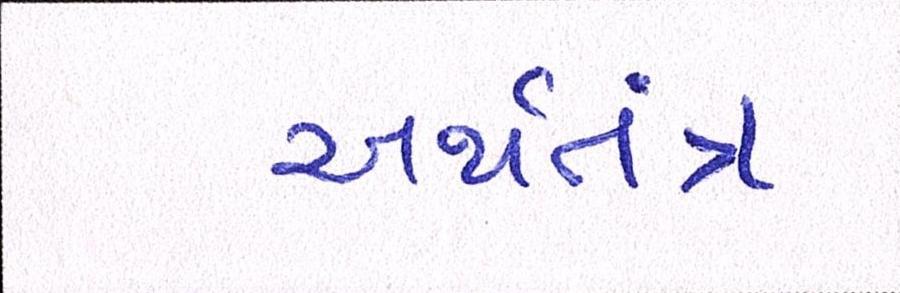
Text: અર્થતંત્ર